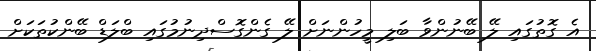
އެ ގޮތުގައި ލޭ ބޭނުންވާ ބަލި މީހުންނަށް ލޭ ގެންގޮސްދިނުމުގައި ބްލަޑް ބޭންކުތަކަށް